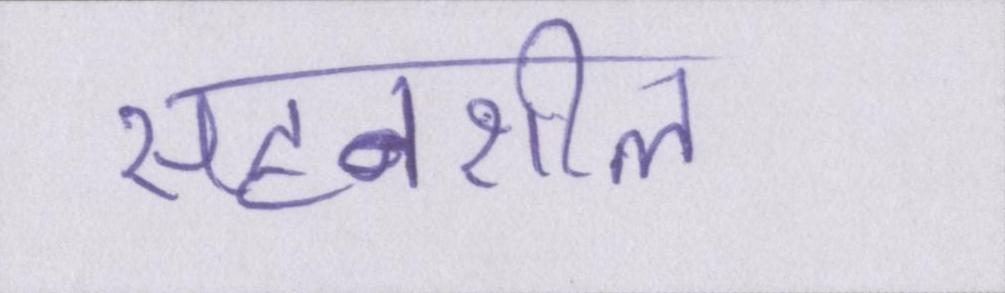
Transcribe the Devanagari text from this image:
सहनशील